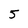
Character: 5